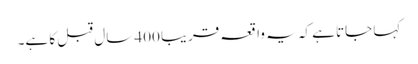
کہا جاتا ہے کہ یہ واقعہ قریبا 400 سال قبل کا ہے۔